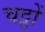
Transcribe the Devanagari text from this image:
चट्टों